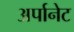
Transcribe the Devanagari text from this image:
अर्पानेट